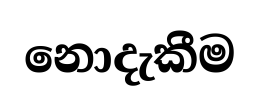
නොදැකීම